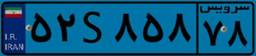
۴۹S۶۵۳۹۷